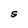
Character: S